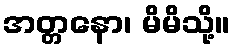
အတ္တနော၊ မိမိသို့။